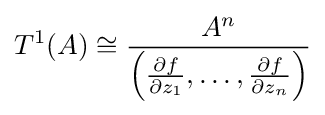
T^{1}(A)\cong {\frac {A^{n}}{\left({\frac {\partial f}{\partial z_{1}}},\ldots ,{\frac {\partial f}{\partial z_{n}}}\right)}}